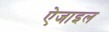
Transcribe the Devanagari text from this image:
ऐजाइल